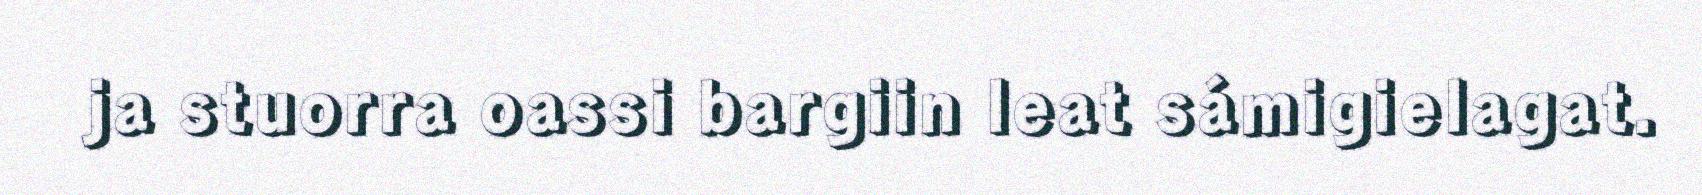
ja stuorra oassi bargiin leat sámigielagat.